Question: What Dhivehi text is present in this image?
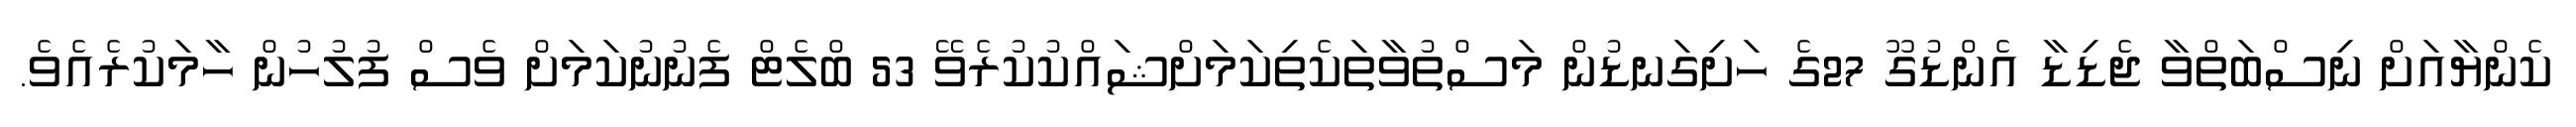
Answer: ކެންޔާއަށް ނިސްބަތްވާ ޖެޑިޑާ އެންޑުގޫ 27ގެ ހަށިގަނޑުން މަސްތުވާތަކެތިކަމަށްޝައްކުކުރެވޭ 53 ބްލެޓް ފެނުނުކަމަށް ވެސް ފުލުހުން ހާމަކުރެއެވެ.